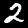
Label: 2